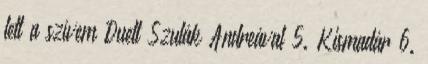
lett a szívem Duett Szulák Andreával 5. Kismadár 6.